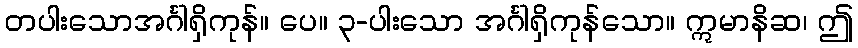
တပါးသောအင်္ဂါရှိကုန်။ ပေ။ ၃-ပါးသော အင်္ဂါရှိကုန်သော။ ဣမာနိဆ၊ ဤ